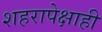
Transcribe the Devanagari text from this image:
शहरापेक्षाही